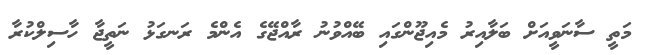
މަތީ ސާނަވީއަށް ބަލާއިރު މެއިޖޫންގައި ބޭއްވުނު ރާއްޖޭގެ އެންމެ ރަނގަޅު ނަތީޖާ ހާސިލްކުރާ